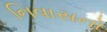
નિવાસનો